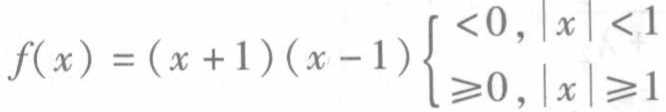
\[f(x)=(x + 1)(x - 1)\begin{cases}<0, &|x|<1\\\geqslant0, &|x|\geqslant1\end{cases}\]